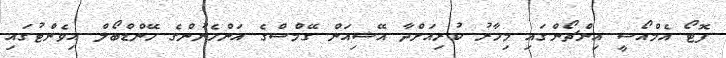
ފޮޓޯ އެމްއޯސީ އިންޗޯންގައި މިހާރު ކުރިއަށްދާ އޭޝިއަން ގޭމްސްގެ އަންހެނުންގެ ހޭންޑްބޯލް އިވެންޓުގައި